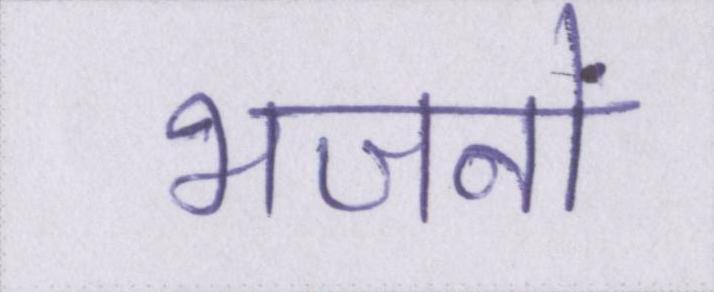
भजनों